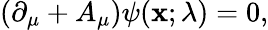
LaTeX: (\partial_{\mu}+A_{\mu})\psi(\mathbf{x};\lambda)=0,